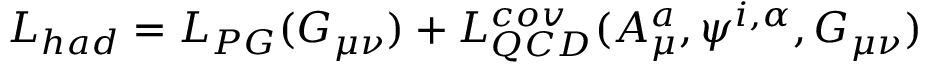
{ \cal L } _ { h a d } = { \cal L } _ { P G } ( G _ { \mu \nu } ) + { \cal L } _ { Q C D } ^ { c o v } ( A _ { \mu } ^ { a } , \psi ^ { i , \alpha } , G _ { \mu \nu } )